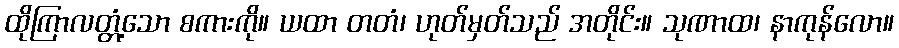
ထိုကြာလတ္တံ့သော စကားကို။ ယထာ တတံ၊ ဟုတ်မှတ်သည် အတိုင်း။ သုဏာထ၊ နာကုန်လော။